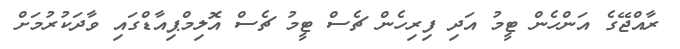
ރާއްޖޭގެ އަންހެން ޓީމު އަދި ފިރިހެން ޗެސް ޓީމު ޗެސް އޮލިމްޕިއާޑްގައި ވާދަކުރުމަށް